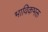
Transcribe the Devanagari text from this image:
भाविकभक्त